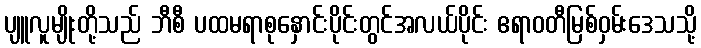
ပျူလူမျိုးတို့သည် ဘီစီ ပထမရာစုနှောင်းပိုင်းတွင်အလယ်ပိုင်း ဧရာဝတီမြစ်ဝှမ်းဒေသသို့